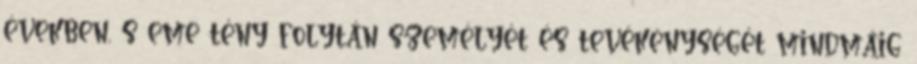
években, s eme tény folytán személyét és tevékenységét mindmáig